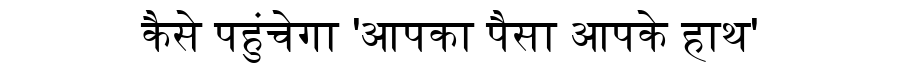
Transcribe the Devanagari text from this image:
कैसे पहुंचेगा 'आपका पैसा आपके हाथ'